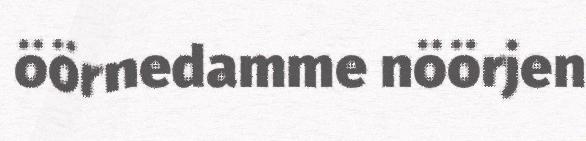
öörnedamme nöörjen